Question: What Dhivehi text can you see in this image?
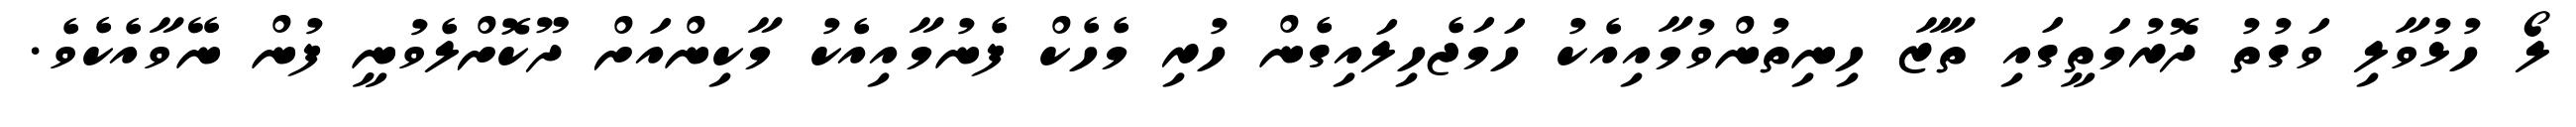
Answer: ލޯ ހުޅުވާލި ވަގުތު ދޮރުމަތީގައި ތާޒާ ހިނިތުންވުމާއިއެކު ހަމަޖެހިލައިގެން ހުރި މެހެކް ފެނުމާއިއެކު މާކިންއަށް ދޫކޮށްލެވުނީ ފުން ނޭވާއެކެވެ.